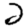
Digit: 2